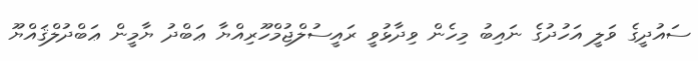
ސައުދީގެ ވަލީ އަހުދުގެ ނައިބު މިހެން ވިދާޅުވީ ރައީސުލްޖުމްހޫރިއްޔާ ޢަބްދު ޔާމީން ޢަބްދުލްޤައްޔޫ